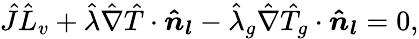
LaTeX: \hat{J}\hat{L}_{v}+\hat{\lambda}\hat{\nabla}\hat{T}\cdot\boldsymbol{\hat{n}_{l}}-\hat{\lambda}_{g}\hat{\nabla}\hat{T}_{g}\cdot\boldsymbol{\hat{n}_{l}}=0,